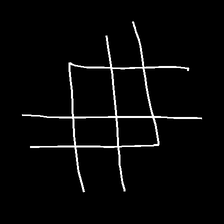
Glyph: crystal